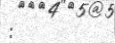
: